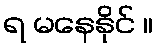
ရ မနေနိုင် ။